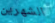
الشهرين